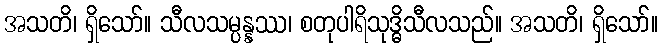
အသတိ၊ ရှိသော်။ သီလသမ္ပန္နဿ၊ စတုပါရိသုဒ္ဓိသီလသည်။ အသတိ၊ ရှိသော်။